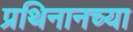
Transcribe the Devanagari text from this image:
प्रथिनानच्या